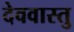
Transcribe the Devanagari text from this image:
देववास्तु